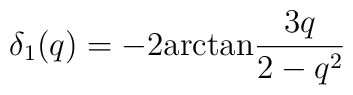
\delta_1 (q)=-2{\rm arctan}\frac{3q}{2-q^2}